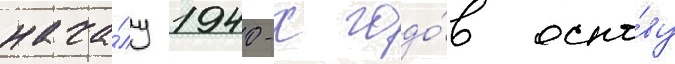
нача́лу 1940-х годо́в осно́ву